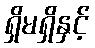
ရှိမရှိနှင့်